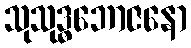
သုသုဒ္ဓဘောဇနော